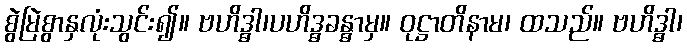
စွဲမြဲစွာနှလုံးသွင်း၍။ ဗဟိဒ္ဓါ၊ပဟိဒ္ဓခန္ဓာမှ။ ဝုဋ္ဌာတိနာမ၊ ထသည်။ ဗဟိဒ္ဓါ၊